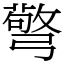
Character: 𢐧